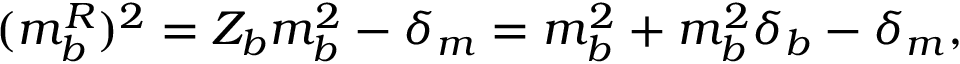
( m _ { b } ^ { R } ) ^ { 2 } = Z _ { b } m _ { b } ^ { 2 } - \delta _ { m } = m _ { b } ^ { 2 } + m _ { b } ^ { 2 } \delta _ { b } - \delta _ { m } ,